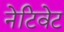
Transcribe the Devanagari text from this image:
नेटिवेट